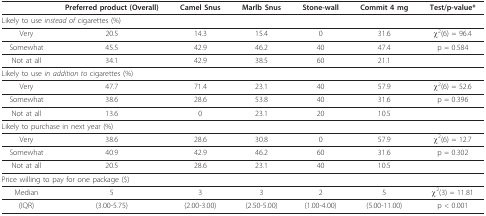
<table><thead><tr><td></td><td><b>Preferred product (Overall)</b></td><td><b>Camel Snus</b></td><td><b>Marlb Snus</b></td><td><b>Stone-wall</b></td><td><b>Commit 4 mg</b></td><td><b>Test/p-value*</b></td></tr></thead><tbody><tr><td colspan="7">Likely to use <i>instead of </i>cigarettes (%)</td></tr><tr><td>Very</td><td>20.5</td><td>14.3</td><td>15.4</td><td>0</td><td>31.6</td><td>χ<sup>2</sup>(6) = 96.4</td></tr><tr><td>Somewhat</td><td>45.5</td><td>42.9</td><td>46.2</td><td>40</td><td>47.4</td><td>p = 0.584</td></tr><tr><td>Not at all</td><td>34.1</td><td>42.9</td><td>38.5</td><td>60</td><td>21.1</td><td></td></tr><tr><td colspan="7">Likely to use <i>in addition to </i>cigarettes (%)</td></tr><tr><td>Very</td><td>47.7</td><td>71.4</td><td>23.1</td><td>40</td><td>57.9</td><td>χ<sup>2</sup>(6) = 52.6</td></tr><tr><td>Somewhat</td><td>38.6</td><td>28.6</td><td>53.8</td><td>40</td><td>31.6</td><td>p = 0.396</td></tr><tr><td>Not at all</td><td>13.6</td><td>0</td><td>23.1</td><td>20</td><td>10.5</td><td></td></tr><tr><td colspan="7">Likely to purchase in next year (%)</td></tr><tr><td>Very</td><td>38.6</td><td>28.6</td><td>30.8</td><td>0</td><td>57.9</td><td>χ<sup>2</sup>(6) = 12.7</td></tr><tr><td>Somewhat</td><td>40.9</td><td>42.9</td><td>46.2</td><td>60</td><td>31.6</td><td>p = 0.302</td></tr><tr><td>Not at all</td><td>20.5</td><td>28.6</td><td>23.1</td><td>40</td><td>10.5</td><td></td></tr><tr><td colspan="7">Price willing to pay for one package ($)</td></tr><tr><td>Median</td><td>5</td><td>3</td><td>3</td><td>2</td><td>5</td><td>χ<sup>2</sup>(3) = 11.81</td></tr><tr><td>(IQR)</td><td>(3.00-5.75)</td><td>(2.00-3.00)</td><td>(2.50-5.00)</td><td>(1.00-4.00)</td><td>(5.00-11.00)</td><td>p &lt; 0.001</td></tr></tbody></table>